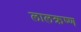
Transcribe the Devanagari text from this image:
लालक्रष्ण